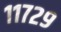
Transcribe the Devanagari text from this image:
११७२९